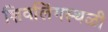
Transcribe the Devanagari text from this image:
शिवलिंगस्थळी